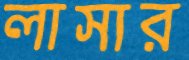
লাসার